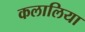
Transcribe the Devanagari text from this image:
कलालिया